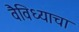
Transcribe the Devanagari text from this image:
वैविध्याचा